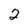
Character: 2